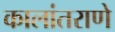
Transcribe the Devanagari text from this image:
कालांतराणे